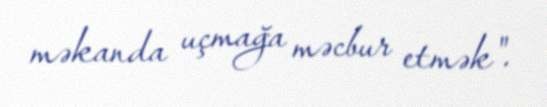
məkanda uçmağa məcbur etmək".